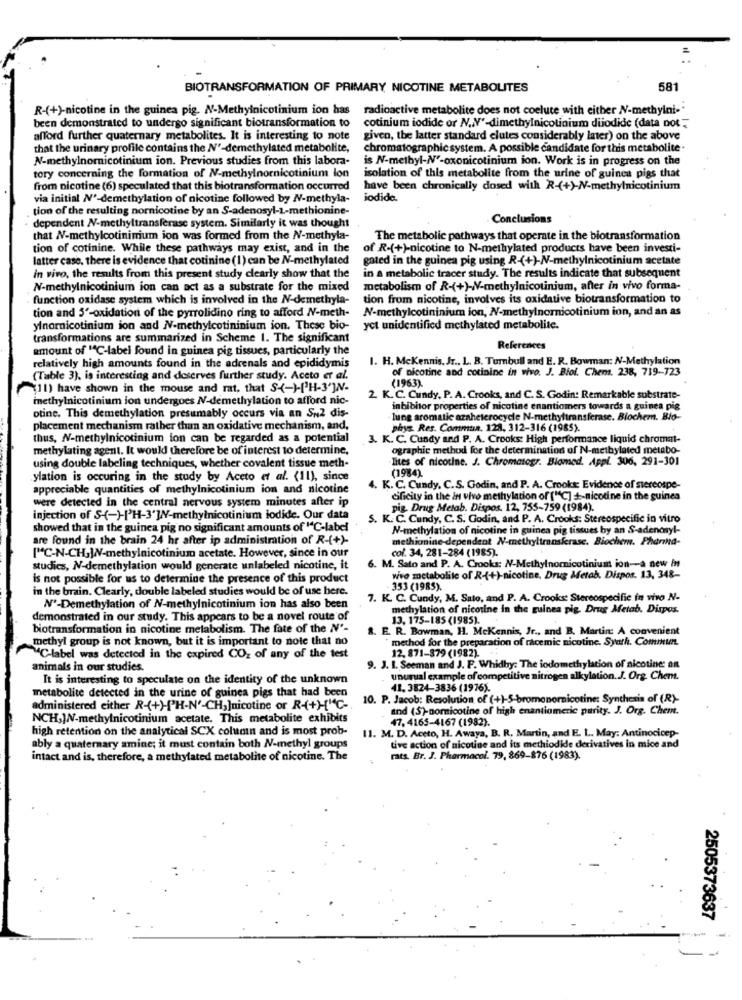
BIOTRANSFORMATION OF PRIMARY NICOTINE METABOLITES
581
R-(+)-nicotine in the guinea pig. N-Methylnicotinium ion has
radioactive metabolite does not coelute with either N-methyini-"
been demonstrated to undergo significant biotransformation to
cotinium iodide or N.V'-dimethylnicotinium diiodide (data not ;
afford further quaternary metabolites. It is interesting to note
given, the latter standard elutes considerably inter) on the above
that the urinary profile contains the Nº-demethylated metabolite,
chromatographic system. A possible candidate for this metabolite.
N-methylnomnicotinium ion. Previous studies from this labora-
is N-methyl-Nº-oxonicotinium ion. Work is in progress on the
tory concerning the formation of N-methylnornicotinium lon
isolation of this metabolite from the urine of guinea pigs that
from nicotine (6) speculated that this biotransformation occurred
have been chronically dosed with R-(+)-N-methylnicotinium
via initial N'-demethylation of nicotine followed by N-methyla-
iodide.
tion of the resulting nornicotine by an S-adenosyl-1-methionine-
Conclusions
dependent N-methyltransferase system. Similarly it was thought
that N-methylcotinimum ion was formed from the N-methyla-
The metabolic pathways that operate in the biotransformation
tion of cotinine. While these pathways may exist, and in the
of R-(+)-nicotine to N-methylated products have been investi-
latter case. there is evidence that cotinine (1) can be N-methylated
gated in the guinea pig using R-(+)-N-methylnicotinium acetate
in a metabolic tracer study. The results indicate that subsequent
in vivo, the results from this present study clearly show that the
N-methylnicotinium ion can act as a substrate for the mixed
metabolism of R-(+)-N-methylnicotinjum, after in vivo forma-
function oxidase system which is involved in the N-demethyla-
tion from nicotine, involves its oxidative biotransformation to
tion and 5'-oxidation of the pyrrolidino ring to afford N-meth-
N-methylcotininium ion, N-methylnornicotinium ion, and an as
ylnornicotinium ion and N-methylcotininium ion. These bio-
yet unidentified methylated metabolite.
transformations are summarized in Scheme 1. The significant
amount of "C-label found in guinea pig tissues, particularly the
References
I. H. McKennis, Jr ., L. B. Turnbull and E. R. Bowman: N-Methylation
relatively high amounts found in the adrenals and epididymis
of nicotine and cotinine in vivo. J. Biol. Chem. 238, 719 -- 723
(Table 3), is interesting and deserves further study. Aceto er al.
(1963)
(11) have shown in the mouse and rat, that S <- )-['H-3']NV.
methylnicotinium ion undergoes NV-demethylation to afford nic-
2. K.C. Cundy, P. A. Crooks, and C. S. Godin: Remarkable substrate-
inhibitor properties of nicotine enantiomers towards a guinea pig
otine. This demethylation presumably occurs via an SN2 dis-
lung aromatic azaheterocycle N-methyltransferase. Biochem. Bio-
placement mechanism rather than an oxidative mechanism, and.
phys. Res. Commun. 128, 312-316 (1985).
thus, N-methylnicotinium ion can be regarded as a potential
3. K. C. Cundy and P. A. Crooks: High performance liquid chromat-
methylating agent. It would therefore be of interest to determine,
ographic method for the determination of N-meibylated metabo-
Tites of nicotine. J. Chromatogr. Blomed. Appi. 306, 291-301
using double labeling techniques, whether covalent tissue meth-
(1984).
ylation is occuring in the study by Aceto et al. (11), since
appreciable quantities of methylnicotinium ion and nicotine
4. K. C. Cundy. C.S. Godin, and P. A. Crooks: Evidence of stereospe-
were detected in the central nervous system minutes after ip
cificity in the in vivo methylation of ["C] +-nicotine in the guinea
pig Drug Metab. Dispos. 12, 755-759 (1984).
injection of S-(-)-IH-3'W/V-methylnicotinium iodide. Our data
S. K. C. Cundy, C. S. Godin, and P. A. Crooks: Stereospecific in vitro
showed that in the guinea pig no significant amounts of "C-label
N-methylation of nicotine in guinea pig tissues by an S-adencyl-
are found in the brain 24 hr after ip administration of R-(+)-
methionine-dependent N-methyltransferase. Biochem. Pharma-
col. 34, 281-284 (1985).
["C-N-CH,WW-methylnicotinium acetate. However, since in our
studies, N-demethylation would generate unlabeled nicotine, it
6. M. Sato and P. A. Crooks: N-Methylnornicotinium ion -- a new in
is not possible for us to determine the presence of this product
wro metabolite of R-(+)-nicotine, Drug Metab. Dispos. 13, 348-
in the brain. Clearly, double labeled studies would be of use here.
353 (1985).
7. K. C. Cundy, M. Sato, and P. A. Crooks: Stereospecific in vivo N-
Nº-Demethylation of N-methylnicotinium ion has also been
methylation of nicotine in the guinea pig. Drug Metab. Dispos.
demonstrated in our study. This appears to be a novel route of
13, 175-185 (1985).
biotransformation in nicotine metabolism. The fate of the N'-
8. E. R. Bowman, H. McKennis, Jr ., and B. Martin: A convenient
methyl group is not known, but it is important to note that no
method for the preparation of racemic nicotine. Syath. Commun.
MC-label was detected in the expired CO2 of any of the test
12, 871-879 (1982)
animals in our studies.
9. J. I. Seeman and J. F. Whidby: The iodomethylation of nicotine: an
It is interesting to speculate on the identity of the unknown
unusual example of competitive nitrogen alkylation. J. Org. Chem.
metabolite detected in the urine of guinea pigs that had been
41, 3824-3836 (1976).
10. P. Jacob: Resolution of (+)-5-bromonornicotine: Synthesis of (R)-
administered either R-(+)-PH-N'-CH2]nicotine or R-(++1℃-
and (S)-nornicotine of high enantiomeric purity. J. Org. Chem.
NCH,JN-methylnicotinium acetate. This metabolite exhibits
47. 4165-4167 (1982).
high retention on the analytical SCX column and is most prob-
11. M. D. Aceto, H. Awaya, B. R. Martin, and E. L. May: Antinocicep-
ably a quaternary amine; it must contain both N-methyl groups
tive action of nicotine and its methiodide derivatives in mice and
intact and is, therefore, a methylated metabolite of nicotine. The
rats. Br. J. Pharmacol. 79, 869-876 (1983).
2505373637